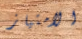
الامتياز